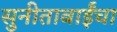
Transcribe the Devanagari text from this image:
सुनीताबाईंचा